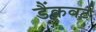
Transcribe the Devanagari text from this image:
डैंकवर्ट